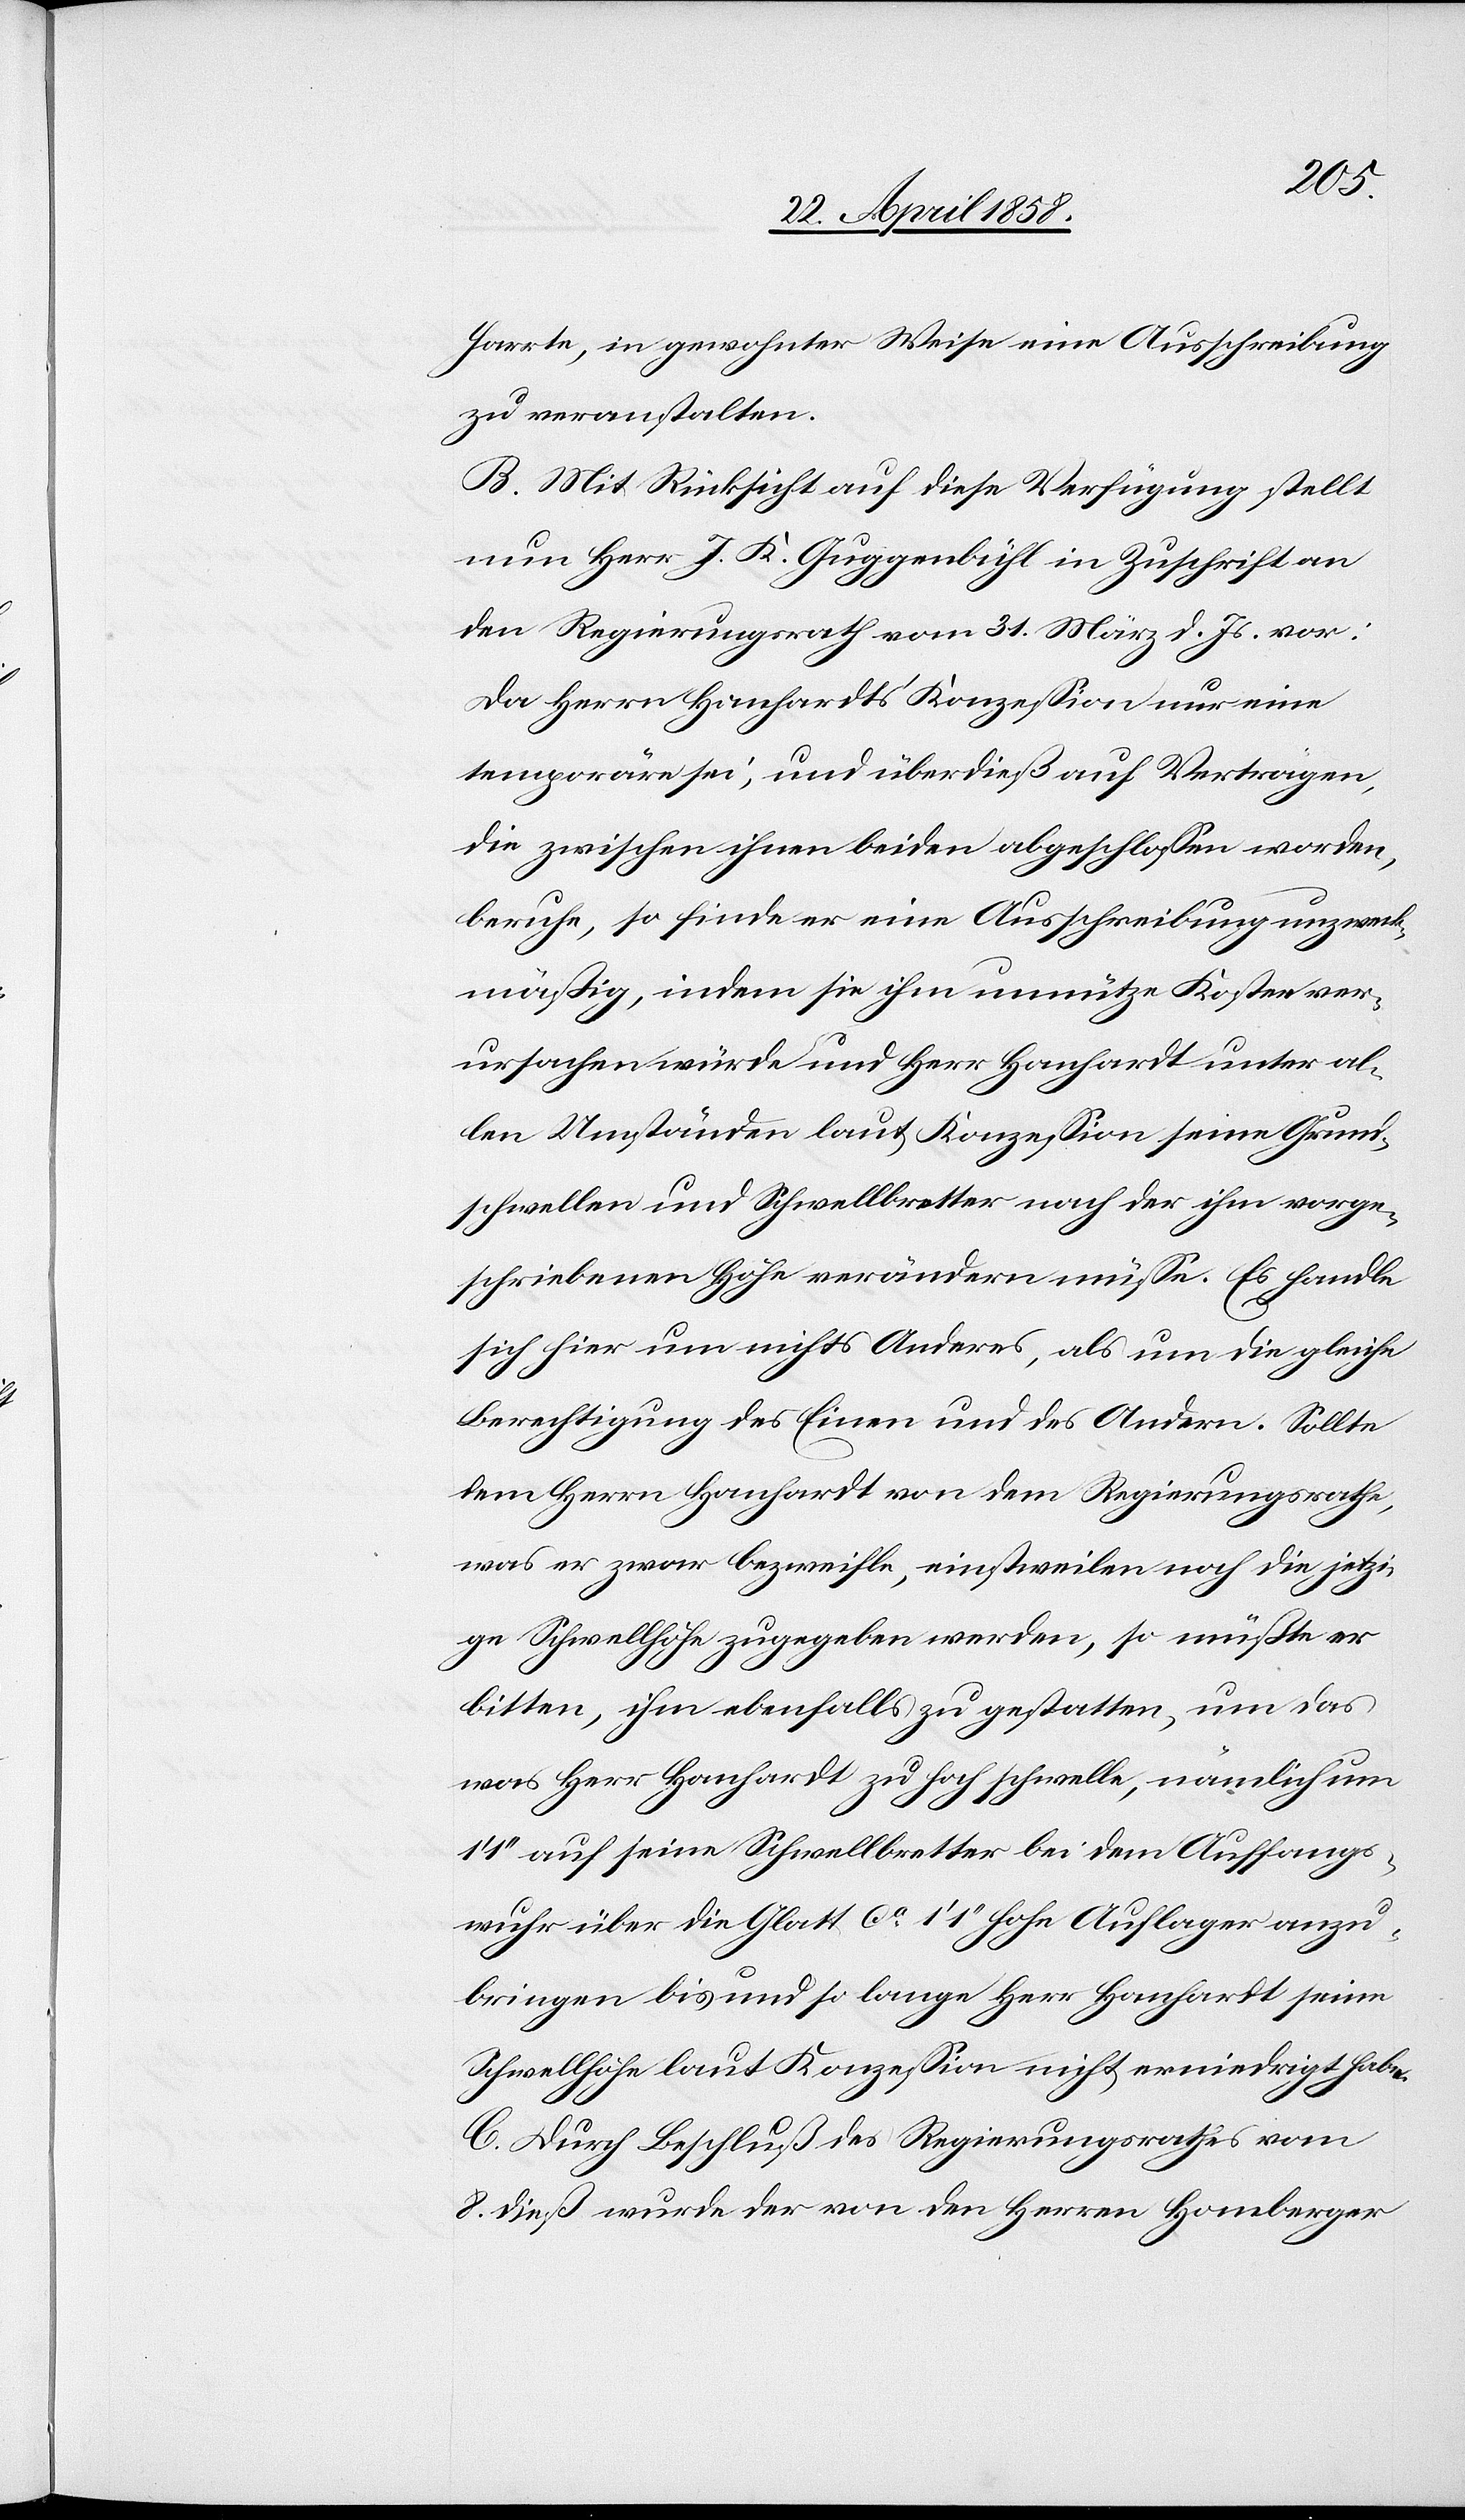
harrte, in gewohnter Weise eine Ausschreibung
zu veranstalten.
B. Mit Rücksicht auf diese Verfügung stellt
nun Herr J. K. Guggenbühl in Zuschrift an
den Regierungsrath vom 31. März d. s. vor:
Da Herrn Hanhardt’s Konzession nur eine
temporäre sei, und überdieß auf Verträgen,
die zwischen ihnen beiden abgeschlossen worden,
beruhe, so finde er eine Ausschreibung unzweck¬
mäßig, indem sie ihm unnütze Kosten ver¬
ursachen würde und Herr Hanhardt unter al¬
len Umständen laut Konzession seine Grund¬
schwellen und Schwellbretter nach der ihm vorge¬
schriebenen Höhe verändern müsse. Es handle
sich hier um nichts Anderes, als um die gleiche
Berechtigung des Einen und des Andern. Sollte
dem Herrn Hanhardt von dem Regierungsrathe,
was er zwar bezweifle, einstweilen noch die jetzi¬
ge Schwellhöhe zugegeben werden, so müßte er
bitten, ihm ebenfalls zugestatten, um das
was Herr Hanhardt zu hoch schwelle, nämlich um
1’’ auf seine Schwellbretter bei dem Auffangs¬
wuhr über die Glatt ca 1’ 1’’ hohe Auflager anzu¬
bringen bis und so lange Herr Hanhardt seine
Schwellhöhe laut Konzession nicht erniedrigt habe.
C. Durch Beschluß des Regierungsrathes vom
8. dieß wurde der von den Herren Homberger